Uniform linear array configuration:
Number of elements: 48
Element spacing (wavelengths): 1
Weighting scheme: blackman
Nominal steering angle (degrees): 15
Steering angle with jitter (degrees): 15.849
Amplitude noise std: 0.05
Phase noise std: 0.05

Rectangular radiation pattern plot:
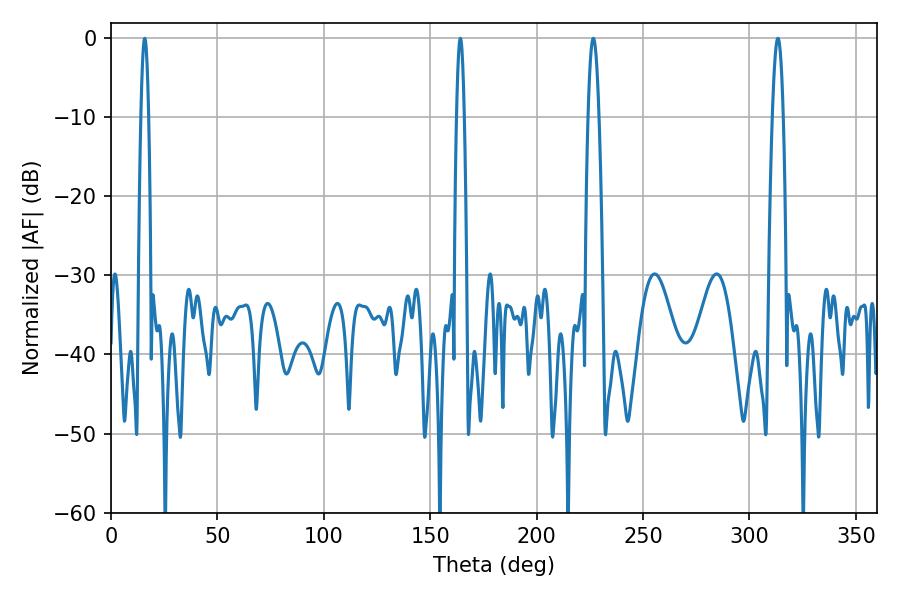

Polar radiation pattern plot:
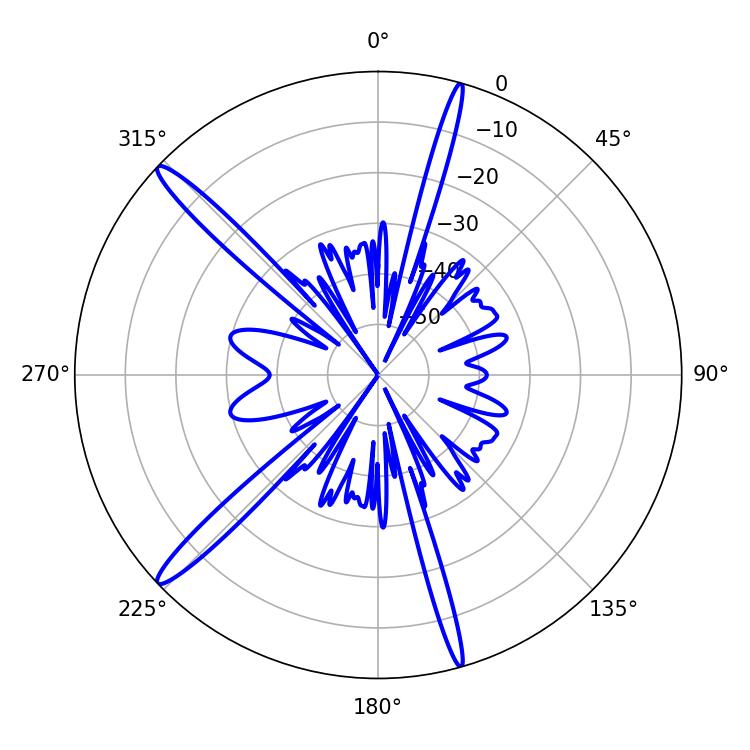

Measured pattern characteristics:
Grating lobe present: TRUE
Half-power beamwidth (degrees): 1.8
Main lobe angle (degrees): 15.84